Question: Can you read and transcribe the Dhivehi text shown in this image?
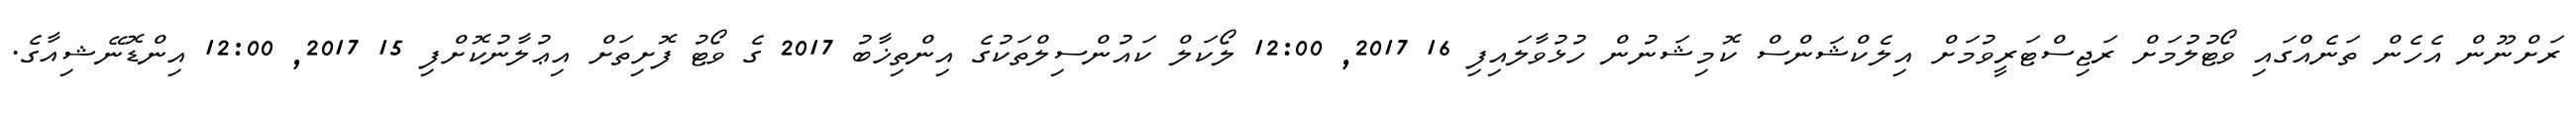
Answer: ރަށްނޫން އެހެން ތަނެއްގައި ވޯޓުލުމަށް ރަޖިސްޓަރީވުމަށް އިލެކްޝަންސް ކޮމިޝަނުން ހުޅުވާލައިފި 16 2017, 12:00 ލޯކަލް ކައުންސިލްތަކުގެ އިންތިޚާބު 2017 ގެ ވޯޓު ފޮށިތަށް އިޢުލާނުކޮށްފި 15 2017, 12:00 އިންޑޮނޭޝިއާގެ.